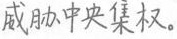
威胁中央集权。